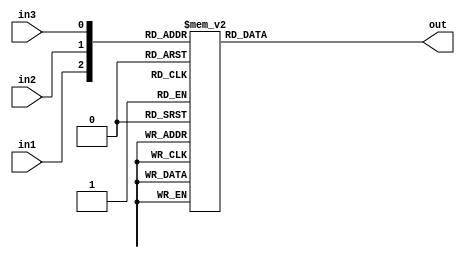
`timescale  1ns/1ns
////////////////////////////////////////////////////////////////////////
// Module Name   : decoder3_8
// Project Name  : decoder3_8
// Target Devices: Altera EP4CE10F17C8N
// Tool Versions : Quartus 13.0
// Description   : 3-8
//
// Revision      : V1.0
// Additional Comments:
// 
// : _Pro_FPGA
//     : http://www.embedfire.com
//     : http://www.firebbs.cn
//     : https://fire-stm32.taobao.com
////////////////////////////////////////////////////////////////////////

module  decoder3_8
(
    input   wire            in1 ,   //in1
    input   wire            in2 ,   //in2
    input   wire            in3 ,   //in2

    output  reg     [7:0]   out     //out
);

//********************************************************************//
//***************************** Main Code ****************************//
//********************************************************************//
/*
//out:38bit out
always@(*)
    if({in1, in2, in3} == 3'b000)           //"{}"31bit3bit
        out = 8'b0000_0001;
    else    if({in1, in2, in3} == 3'b001)
        out = 8'b0000_0010;
    else    if({in1, in2, in3} == 3'b010)
        out = 8'b0000_0100;
    else    if({in1, in2, in3} == 3'b011)
        out = 8'b0000_1000;
    else    if({in1, in2, in3} == 3'b100)
        out = 8'b0001_0000;
    else    if({in1, in2, in3} == 3'b101)
        out = 8'b0010_0000;
    else    if({in1, in2, in3} == 3'b110)
        out = 8'b0100_0000;
    else    if({in1, in2, in3} == 3'b111)
        out = 8'b1000_0000;
    else                                    //elseif7elseif7latchifelse
        out = 8'b0000_0001;
*/

//out:38bit out
always@(*)
    case({in1, in2, in3})
        3'b000 : out = 8'b0000_0001;        //8
        3'b001 : out = 8'b0000_0010;
        3'b010 : out = 8'b0000_0100;
        3'b011 : out = 8'b0000_1000;
        3'b100 : out = 8'b0001_0000;
        3'b101 : out = 8'b0010_0000;
        3'b110 : out = 8'b0100_0000;
        3'b111 : out = 8'b1000_0000;
        default: out = 8'b0000_0001;        //casein8defaultlatchdefault
    endcase

endmodule